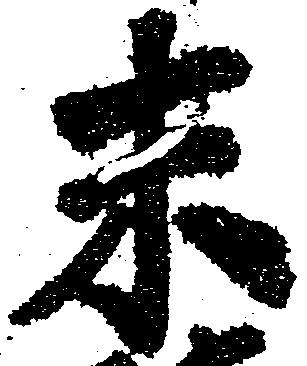
未